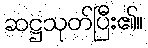
ဆဋ္ဌသုတ်ပြီး၏။